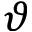
\vartheta